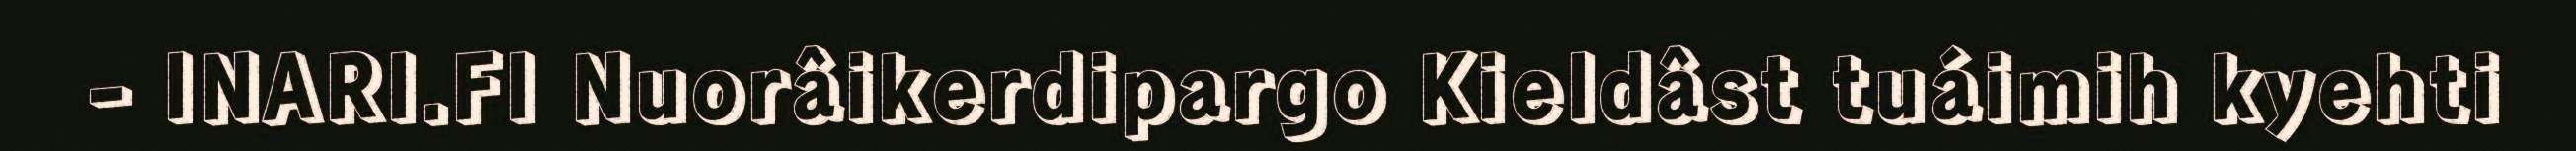
- INARI.FI Nuorâikerdipargo Kieldâst tuáimih kyehti